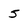
Character: 5